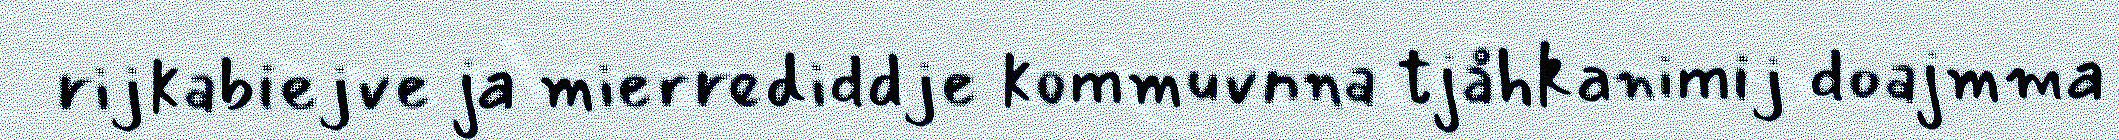
rijkabiejve ja mierrediddje kommuvnna tjåhkanimij doajmma